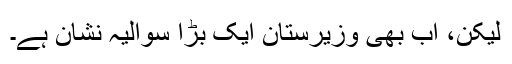
لیکن، اب بھی وزیرستان ایک بڑا سوالیہ نشان ہے۔